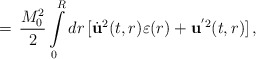
\begin{align*}=\,\frac{M_{0}^{2}}{2}\int\limits_{0}^{R}dr\,[\dot{\bf u}^{2}(t,r)\varepsilon(r)+{\bf u}^{'2}(t,r)]\,{,}\end{align*}